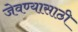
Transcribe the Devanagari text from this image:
जेवण्यासाठी